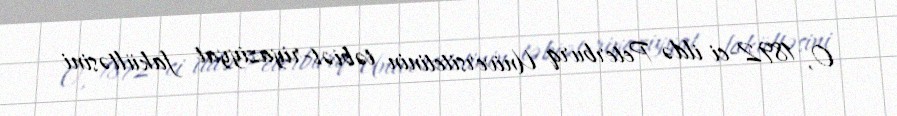
O, 1892-ci ildə Peterburq Universitetinin təbiət-riyaziyyat fakültəsini